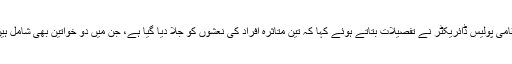
مقامی پولیس ڈائریکٹر نے تفصیلات بتاتے ہوئے کہا کہ تین متاثرہ افراد کی نعشوں کو جلا دیا گیا ہے، جن میں دو خواتین بھی شامل ہیں۔